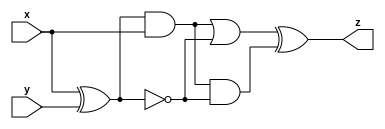
module top_module (input x, input y, output z);
    wire a1,a2,b1,b2;
    assign a1 =  (x^y) & x;
    assign a2 = a1;
    assign b1 =  ~( x ^ y);
    assign b2 = b1;
    assign z = (a1 | b1) ^ (a2 & b2);
    

endmodule